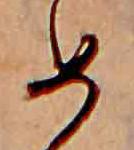
め